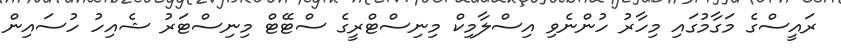
ރައީސްގެ މަގާމުގައި މިހާރު ހުންނެވި އިސްލާމިކް މިނިސްޓްރީގެ ސްޓޭޓް މިނިސްޓަރު ޝެއިހު ހުސައިން